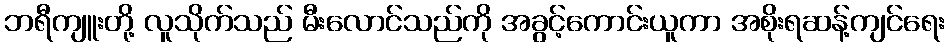
ဘရီကျူးတို့ လူသိုက်သည် မီးလောင်သည်ကို အခွင့်ကောင်းယူကာ အစိုးရဆန့်ကျင်ရေး